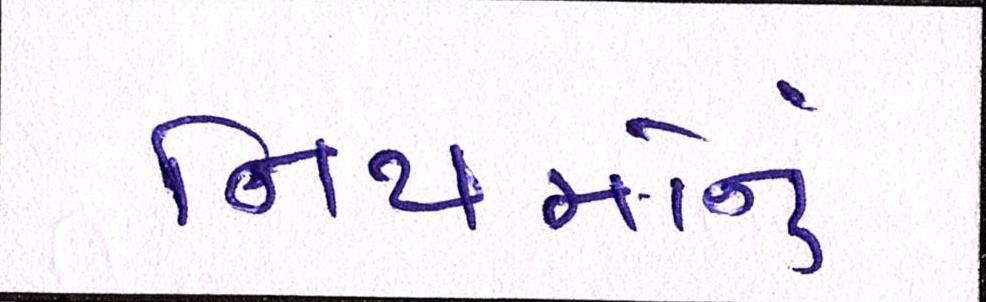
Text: નિયમોનું